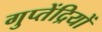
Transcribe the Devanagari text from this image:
गुप्तेंद्रियों